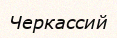
Черкассий